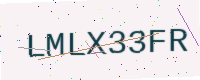
Text: LMLX33FR